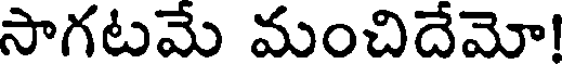
సాగటమే మంచిదేమో!